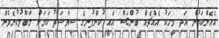
އެހެންކަމުން އަދި މީހަކު އެއްޗެއް ބުންޏަސް އެއީ ކުންފުނީގެ ސިޔާސަތު ކަމަށް ގަބޫލުކުރެވެން